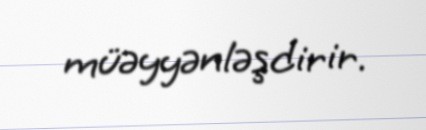
müəyyənləşdirir.